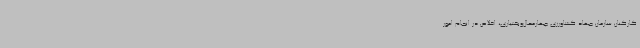
کارکنان سازمان جهاد کشاورزی چهارمحال‌وبختیاری، اخلاص در انجام امور